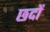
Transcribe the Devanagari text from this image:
छदों